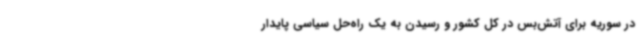
در سوریه برای آتش‌بس در کل کشور و رسیدن به یک راه‌حل سیاسی پایدار